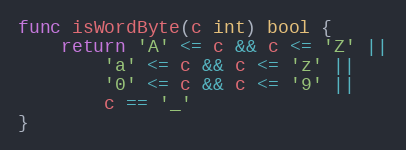
Language: Go
func isWordByte(c int) bool {
	return 'A' <= c && c <= 'Z' ||
		'a' <= c && c <= 'z' ||
		'0' <= c && c <= '9' ||
		c == '_'
}